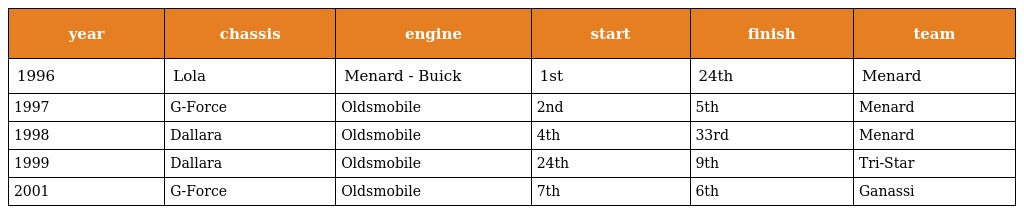
| year | chassis | engine | start | finish | team |
 | --- | --- | --- | --- | --- | --- |
 | 1996 | Lola | Menard - Buick | 1st | 24th | Menard |
 | 1997 | G-Force | Oldsmobile | 2nd | 5th | Menard |
 | 1998 | Dallara | Oldsmobile | 4th | 33rd | Menard |
 | 1999 | Dallara | Oldsmobile | 24th | 9th | Tri-Star |
 | 2001 | G-Force | Oldsmobile | 7th | 6th | Ganassi |